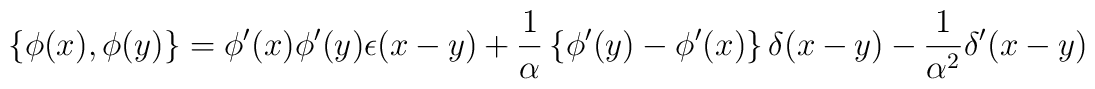
\left\{ \phi( x ) , \phi( y )\right\} = \phi'(x)\phi'(y)\epsilon(x-y) +{1 \over \alpha}\left\{ \phi'(y) - \phi'(x) \right\}\delta(x-y) -{1 \over \alpha^2}\delta'(x-y)